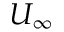
U _ { \infty }